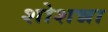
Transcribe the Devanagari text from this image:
शोशन्ना